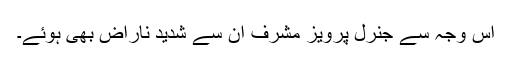
اس وجہ سے جنرل پرویز مشرف ان سے شدید ناراض بھی ہوئے۔